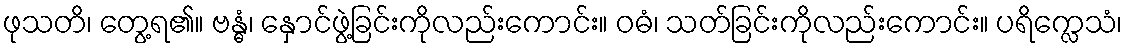
ဖုသတိ၊ တွေ့ရ၏။ ဗန္ဓံ၊ နှောင်ဖွဲ့ခြင်းကိုလည်းကောင်း။ ဝဓံ၊ သတ်ခြင်းကိုလည်းကောင်း။ ပရိက္လေသံ၊